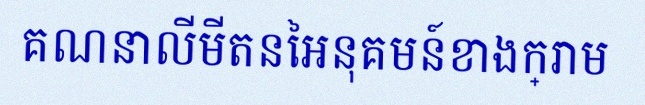
គណនាលីមីតនៃអនុគមន៍ខាងក្រោម